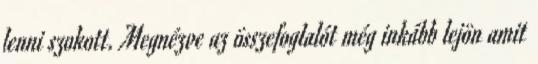
lenni szokott. Megnézve az összefoglalót még inkább lejön amit